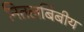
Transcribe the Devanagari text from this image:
नितलबिंबीय